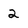
Character: 2